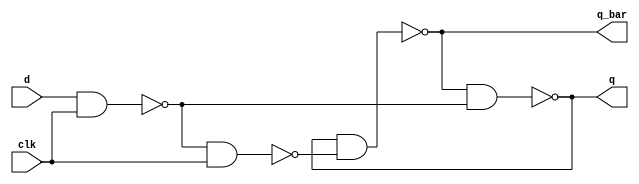
module d_latch_module(
  input d, clk,
  output q, q_bar
);

  assign s = !(d && clk);
  assign r = !(s && clk);
  assign q = !(q_bar && s);
  assign q_bar = !(q && r);


endmodule

module d_flip_flop_module(
  input d, clk,
  output q, q_bar
);

  wire q_master, q_master_bar;

  d_latch_module master(.d(d), .clk(!clk), .q(q_master), .q_bar(q_master_bar));
  d_latch_module slave(.d(q_master), .clk(clk), .q(q), .q_bar(q_bar));

endmodule

module jk_flip_flop_module(
  input j, k, rst, clk,
  output q, q_bar
);

  wire d;

  assign d = ((j&&q_bar)||(!k&&q));

  d_flip_flop_module d_flip_flop(.d(d), .clk(clk), .q(q), .q_bar(q_bar));

endmodule

module alert_module(
  input a, b, rst, clk,
  output q, q_bar
);

  wire j, k;
  
  assign j = !(rst) && a && b;
  assign k = !(!(rst) && a && b);

  jk_flip_flop_module jk_flip_flop(.j(j), .k(k), .rst(rst), .clk(clk), .q(q), .q_bar(q_bar));

endmodule